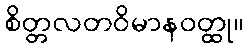
စိတ္တလတဝိမာနဝတ္ထု။